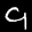
Label: 9